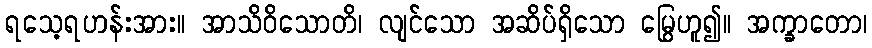
ရသေ့ရဟန်းအား။ အာသိဝိသောတိ၊ လျင်သော အဆိပ်ရှိသော မြွေဟူ၍။ အက္ခာတော၊